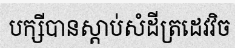
បក្សីបានស្តាប់សំដីត្រដេវវិច